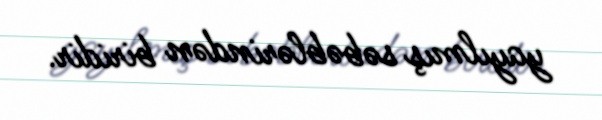
yayılmış səbəblərindən biridir.